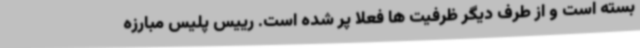
بسته است و از طرف دیگر ظرفیت ها فعلا پر شده است. رییس پلیس مبارزه